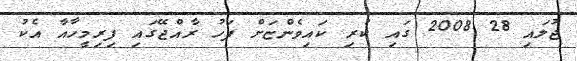
ޖުލައި 28 2008 ގައި ކުރި ކައިވެންޏަށް ފަހު ރާއްޖޭގައި ފިރިމީހާއާ އެކު